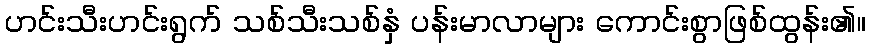
ဟင်းသီးဟင်းရွက် သစ်သီးသစ်နှံ ပန်းမာလာများ ကောင်းစွာဖြစ်ထွန်း၏။